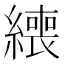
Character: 𦅇